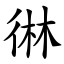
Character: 㣩